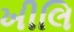
ખીલિ